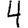
Digit: 4